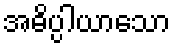
အဓိပ္ပါယာသော